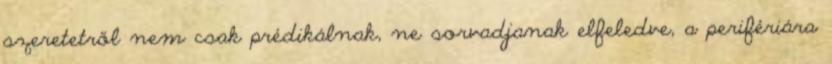
szeretetről nem csak prédikálnak, ne sorvadjanak elfeledve, a perifériára